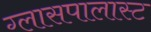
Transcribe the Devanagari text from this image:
ग्लासपालास्ट